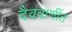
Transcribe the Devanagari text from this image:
दैववाणींत